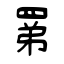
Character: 罤